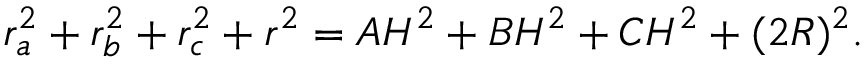
r _ { a } ^ { 2 } + r _ { b } ^ { 2 } + r _ { c } ^ { 2 } + r ^ { 2 } = A H ^ { 2 } + B H ^ { 2 } + C H ^ { 2 } + ( 2 R ) ^ { 2 } .